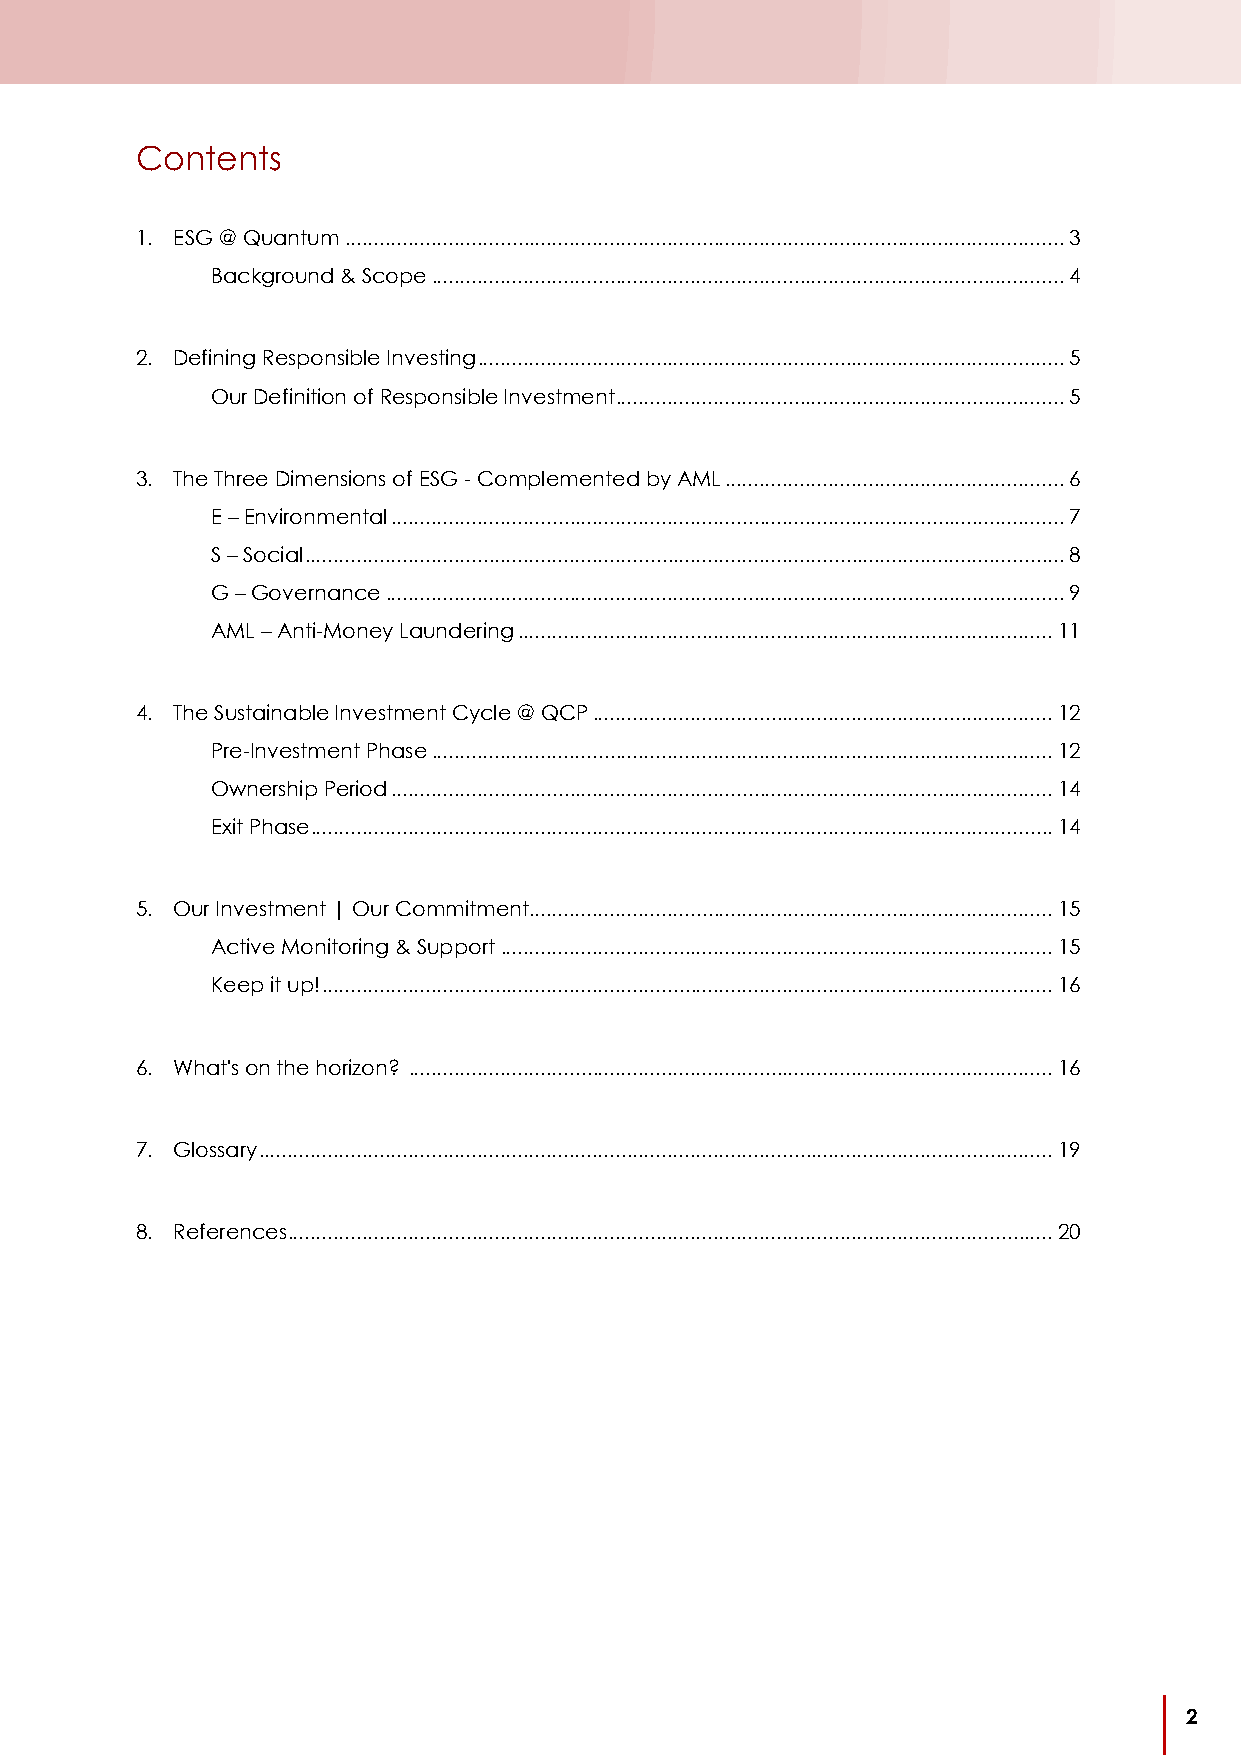
Contents
 1. ESG @ Quantum ............................................................................................................................. 3
 Background & Scope .............................................................................................................. 4
 2. Defining Responsible Investing ...................................................................................................... 5
 Our Definition of Responsible Investment .............................................................................. 5
 3. The Three Dimensions of ESG - Complemented by AML ........................................................... 6
 E – Environmental ..................................................................................................................... 7
 S – Social .................................................................................................................................... 8
 G – Governance ...................................................................................................................... 9
 AML – Anti-Money Laundering ............................................................................................. 11
 4. The Sustainable Investment Cycle @ QCP ................................................................................ 12
 Pre-Investment Phase ............................................................................................................ 12
 Ownership Period ................................................................................................................... 14
 Exit Phase ................................................................................................................................. 14
 5. Our Investment | Our Commitment ........................................................................................... 15
 Active Monitoring & Support ................................................................................................ 15
 Keep it up! ............................................................................................................................... 16
 6. What's on the horizon? ................................................................................................................ 16
 7. Glossary .......................................................................................................................................... 19
 8. References ..................................................................................................................................... 20
 2